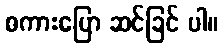
စကားပြော ဆင်ခြင် ပါ။